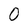
Character: 0